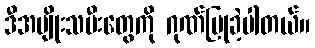
ဒီအမျိုးသမီးတွေကို ဂုဏ်ပြုခဲ့ပါတယ်။